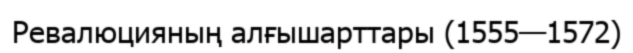
Ревалюцияның алғышарттары (1555—1572)